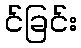
င်ခြင်း